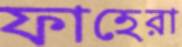
ফাহেরা